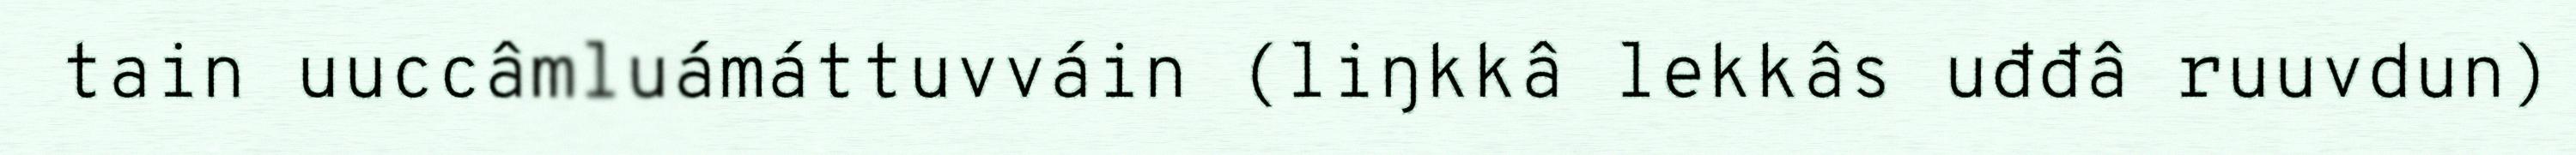
tain uuccâmluámáttuvváin (liŋkkâ lekkâs uđđâ ruuvdun)